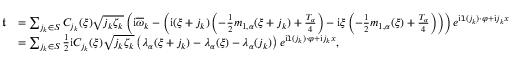
\begin{array} { r l } { \mathfrak { t } } & { = \sum _ { j _ { k } \in S } C _ { j _ { k } } ( \xi ) \sqrt { j _ { k } \zeta _ { k } } \left( \mathrm { i } \overline { { \omega } } _ { k } - \left( \mathrm { i } ( \xi + j _ { k } ) \left( - \frac { 1 } { 2 } m _ { 1 , \alpha } ( \xi + j _ { k } ) + \frac { T _ { \alpha } } { 4 } \right) - \mathrm { i } \xi \left( - \frac { 1 } { 2 } m _ { 1 , \alpha } ( \xi ) + \frac { T _ { \alpha } } 4 \right) \right) \right) e ^ { \mathrm { i } \mathtt { l } ( j _ { k } ) \cdot \varphi + \mathrm { i } j _ { k } x } } \\ & { = \sum _ { j _ { k } \in S } \frac { 1 } { 2 } \mathrm { i } C _ { j _ { k } } ( \xi ) \sqrt { j _ { k } \zeta _ { k } } \left( \lambda _ { \alpha } ( \xi + j _ { k } ) - \lambda _ { \alpha } ( \xi ) - \lambda _ { \alpha } ( j _ { k } ) \right) e ^ { \mathrm { i } \mathtt { l } ( j _ { k } ) \cdot \varphi + \mathrm { i } j _ { k } x } , } \end{array}